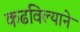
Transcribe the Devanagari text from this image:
कढविल्याने